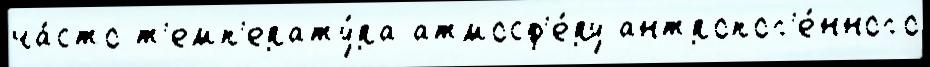
ча́сто т'емп'ерату́ра атмосф'е́ру антропог'е́нного